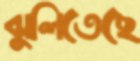
ঝুলিতেছে